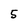
Character: 5